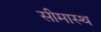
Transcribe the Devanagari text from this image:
सीमास्थ